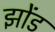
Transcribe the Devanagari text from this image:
झोंड